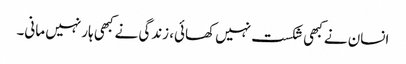
انسان نے کبھی شکست نہیں کھائی، زندگی نے کبھی ہار نہیں مانی۔